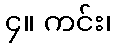
၄။ ကင်း၊